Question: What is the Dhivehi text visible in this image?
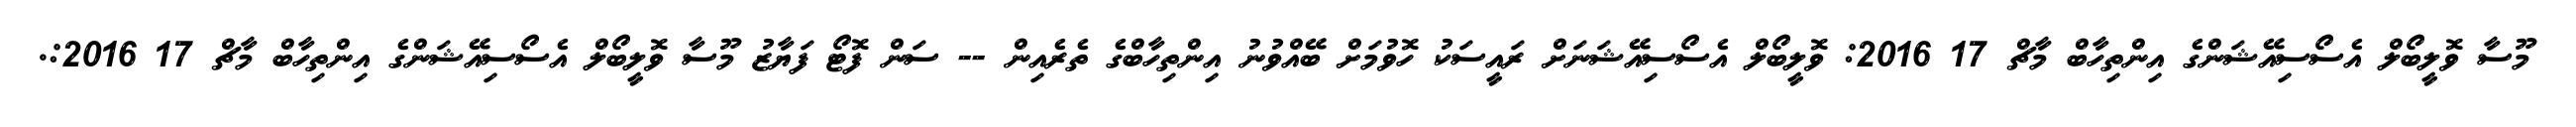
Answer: މޫސާ ވޮލީބޯލް އެސޯސިއޭޝަންގެ އިންތިހާބް މާޗް 17 2016: ވޮލީބޯލް އެސޯސިއޭޝަނަށް ރައީސަކު ހޮވުމަށް ބޭއްވުނު އިންތިހާބްގެ ތެރެއިން -- ސަން ފޮޓޯ ފަޔާޒު މޫސާ ވޮލީބޯލް އެސޯސިއޭޝަންގެ އިންތިހާބް މާޗް 17 2016:.